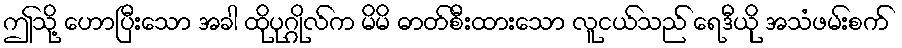
ဤသို့ ဟောပြီးသော အခါ ထိုပုဂ္ဂိုလ်က မိမိ ဓာတ်စီးထားသော လူငယ်သည် ရေဒီယို အသံဖမ်းစက်